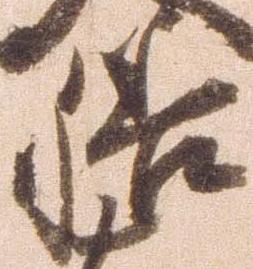
膳